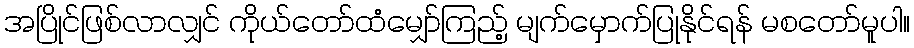
အပြိုင်ဖြစ်လာလျှင် ကိုယ်တော်ထံမျှော်ကြည့် မျက်မှောက်ပြုနိုင်ရန် မစတော်မူပါ။